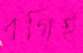
বগিই